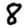
Digit: 8